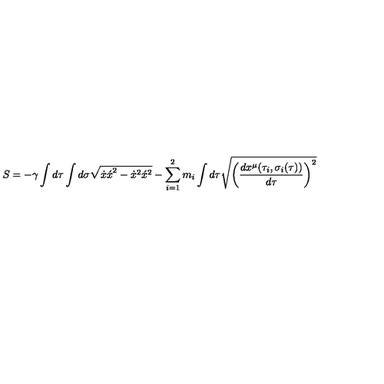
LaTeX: S = - \gamma \int d \tau \int d \sigma \sqrt { { \dot { x } \acute { x } } ^ { 2 } - { \dot { x } } ^ { 2 } { \acute { x } } ^ { 2 } } - \sum _ { i = 1 } ^ { 2 } m _ { i } \int d \tau \sqrt { { \left( \frac { d x ^ { \mu } ( { \tau } _ { i } , { \sigma } _ { i } ( \tau ) ) } { d \tau } \right) } ^ { 2 } }